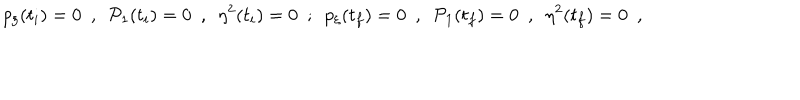
LaTeX: p _ { \xi } ( t _ { i } ) = 0 \ \ , \ \ { \cal P } _ { 1 } ( t _ { i } ) = 0 \ \ , \ \ \eta ^ { 2 } ( t _ { i } ) = 0 \ \ ; \ \ p _ { \xi } ( t _ { f } ) = 0 \ \ , \ \ { \cal P } _ { 1 } ( t _ { f } ) = 0 \ \ , \ \ \eta ^ { 2 } ( t _ { f } ) = 0 \ \ ,